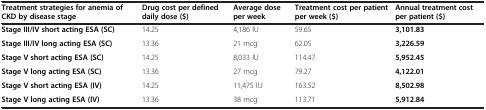
<table><thead><tr><td><b>Treatment strategies for anemia of CKD by disease stage</b></td><td><b>Drug cost per defined daily dose ($)</b></td><td><b>Average dose per week</b></td><td><b>Treatment cost per patient per week ($)</b></td><td><b>Annual treatment cost per patient ($)</b></td></tr></thead><tbody><tr><td><b>Stage III/IV short acting ESA (SC)</b></td><td>14.25</td><td>4,186 IU</td><td>59.65</td><td><b>3,101.83</b></td></tr><tr><td><b>Stage III/IV long acting ESA (SC)</b></td><td>13.36</td><td>21 mcg</td><td>62.05</td><td><b>3,226.59</b></td></tr><tr><td><b>Stage V short acting ESA (SC)</b></td><td>14.25</td><td>8,033 IU</td><td>114.47</td><td><b>5,952.45</b></td></tr><tr><td><b>Stage V long acting ESA (SC)</b></td><td>13.36</td><td>27 mcg</td><td>79.27</td><td><b>4,122.01</b></td></tr><tr><td><b>Stage V short acting ESA (IV)</b></td><td>14.25</td><td>11,475 IU</td><td>163.52</td><td><b>8,502.98</b></td></tr><tr><td><b>Stage V long acting ESA (IV)</b></td><td>13.36</td><td>38 mcg</td><td>113.71</td><td><b>5,912.84</b></td></tr></tbody></table>